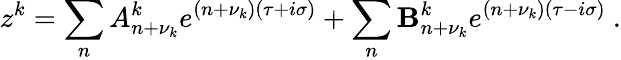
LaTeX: z^{k}=\sum_{n}A_{n+\nu_{k}}^{k}e^{(n+\nu_{k})(\tau+i\sigma)}+\sum_{n}\mathbf{B}_{n+\nu_{k}}^{k}e^{(n+\nu_{k})(\tau-i\sigma)}\ .